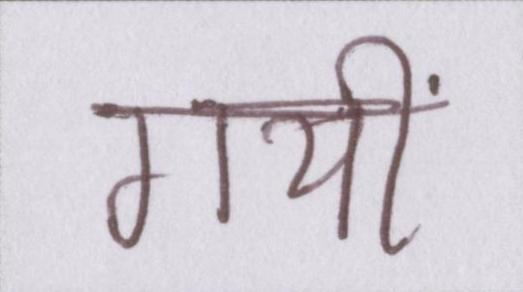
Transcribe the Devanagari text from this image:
गयीं